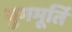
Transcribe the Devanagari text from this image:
युगमूर्ति